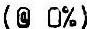
(@ 0%)